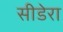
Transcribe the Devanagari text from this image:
सीडेरा